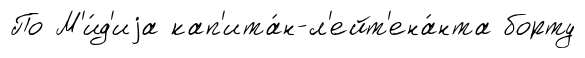
По М'и́д'иjа кап'ита́н-л'ейт'ена́нта борту